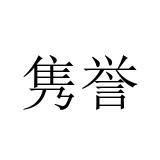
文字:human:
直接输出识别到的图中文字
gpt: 隽誉